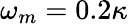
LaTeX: \omega_{m}=0.2\kappa